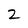
Character: 2